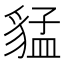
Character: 𲂦